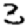
Digit: 3